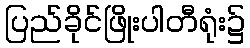
ပြည်ခိုင်ဖြိုးပါတီရုံး၌